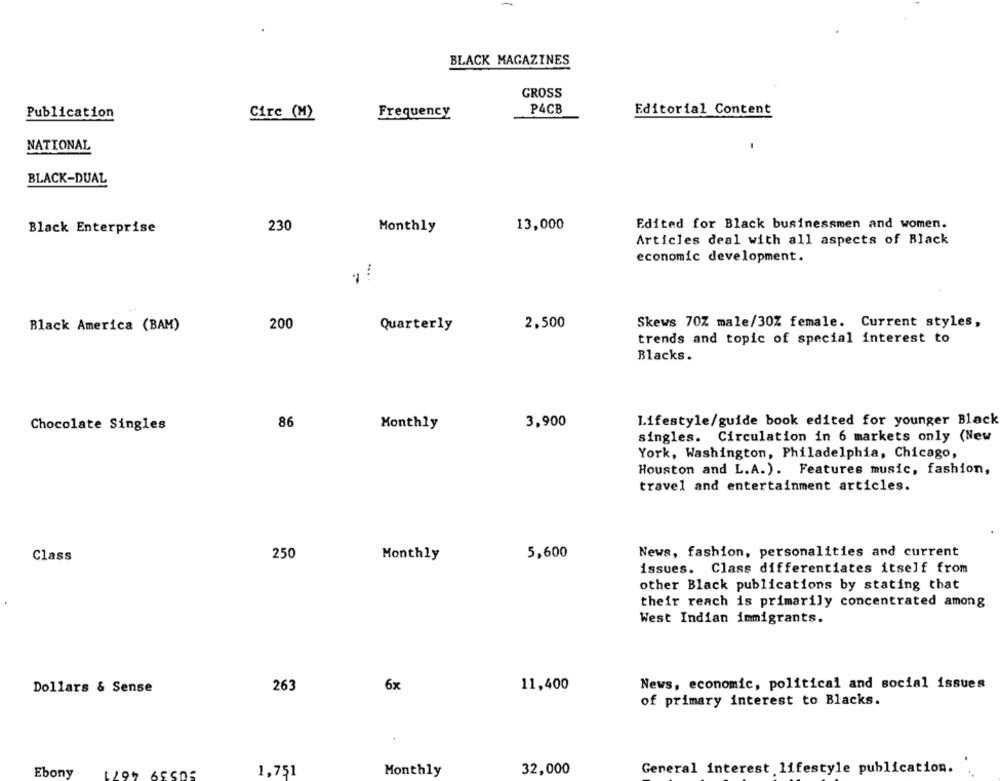
BLACK MAGAZINES
GROSS
P4CB
Publication
Circ (M)
Frequency
Editorial Content
NATIONAL
BLACK-DUAL
230
13,000
Edited for Black businessmen and women.
Black Enterprise
Monthly
Articles deal with all aspects of Black
economic development.
...
Black America (BAM)
200
Quarterly
2,500
Skews 70Z male/30% female. Current styles,
trends and topic of special interest to
Blacks.
86
3,900
1.ifestyle/guide book edited for younger Black
Chocolate Singles
Monthly
singles. Circulation in 6 markets only (New
York, Washington, Philadelphia, Chicago,
Houston and L.A.). Features music, fashion,
travel and entertainment articles.
250
5,600
News, fashion, personalities and current
Class
Monthly
issues. Class differentiates itself from
other Black publications by stating that
their reach is primarily concentrated among
West Indian immigrants.
263
6x
11,400
News, economic, political and social issues
Dollars & Sense
of primary interest to Blacks.
50539 4671
Ebony
1,751
Monthly
32,000
General interest lifestyle publication.